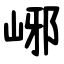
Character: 峫